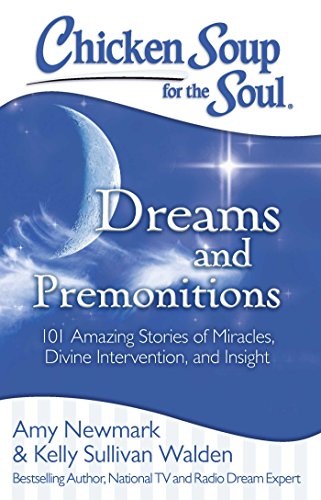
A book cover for Chicken Soup for the Soul: Dreams and Premonitions: 101 Amazing Stories of Miracles, Divine Intervention, and Insight; Amy Newmark; Self-Help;